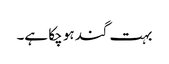
بہت گند ہو چکا ہے۔